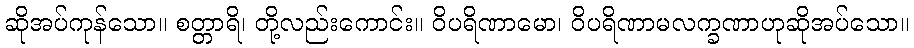
ဆိုအပ်ကုန်သော။ စတ္တာရိ၊ တို့လည်းကောင်း။ ဝိပရိဏာမော၊ ဝိပရိဏာမလက္ခဏာဟုဆိုအပ်သော။